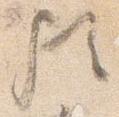
歟